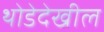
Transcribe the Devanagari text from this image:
थोडेदेखील